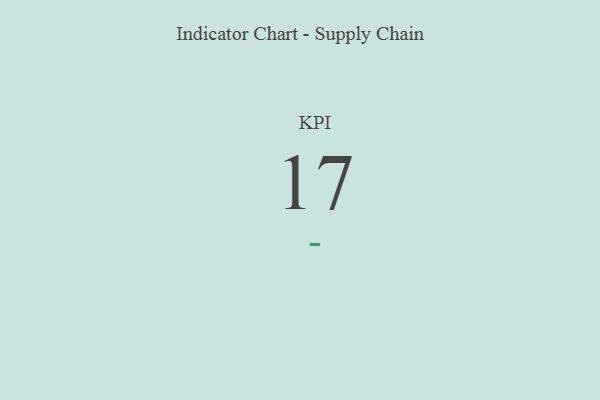
{"axis": {"x": "KPI", "y": "Value"}, "legend": [""], "data": [{"x": "KPI", "y": 17, "type": ""}]}